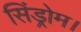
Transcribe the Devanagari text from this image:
सिंड्रोम।